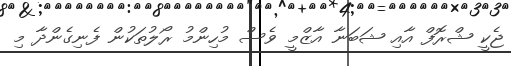
ޖެކީ ޝްރޮފް އާއި ޝަބަނާ އާޒްމީ ވެސް މުހިންމު ރޯލުތަކުން ފެނިގެންދާ މި